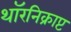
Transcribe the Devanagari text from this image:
थॉरनिक्राप्ट